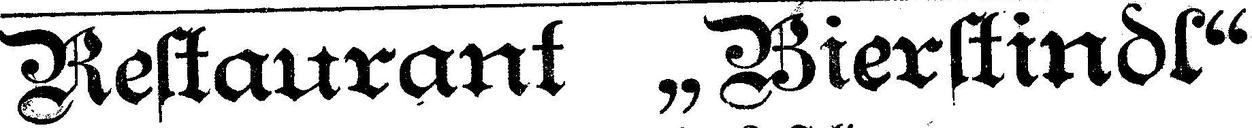
Restaurant „Bierstindl“